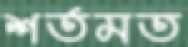
শর্তমত